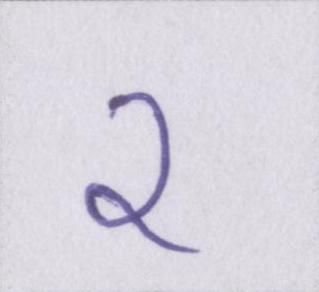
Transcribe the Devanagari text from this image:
२